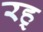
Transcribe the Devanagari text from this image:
रह्